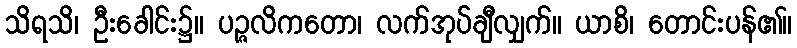
သိရသိ၊ ဦးခေါင်း၌။ ပဉ္ဇလိကတော၊ လက်အုပ်ချီလျှက်။ ယာစိ၊ တောင်းပန်၏။